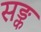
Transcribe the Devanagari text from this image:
सङ्क